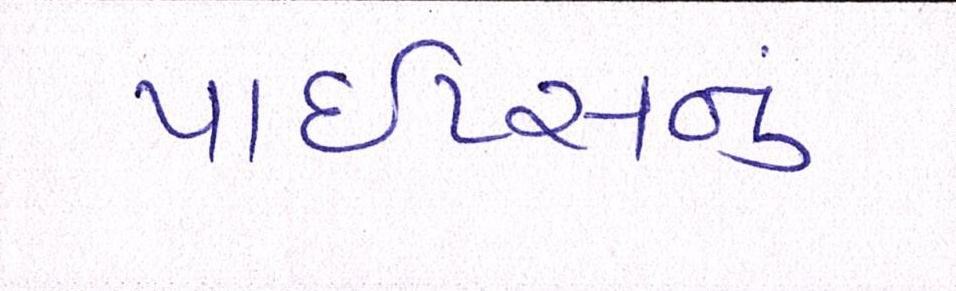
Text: પાઇપ્સનું